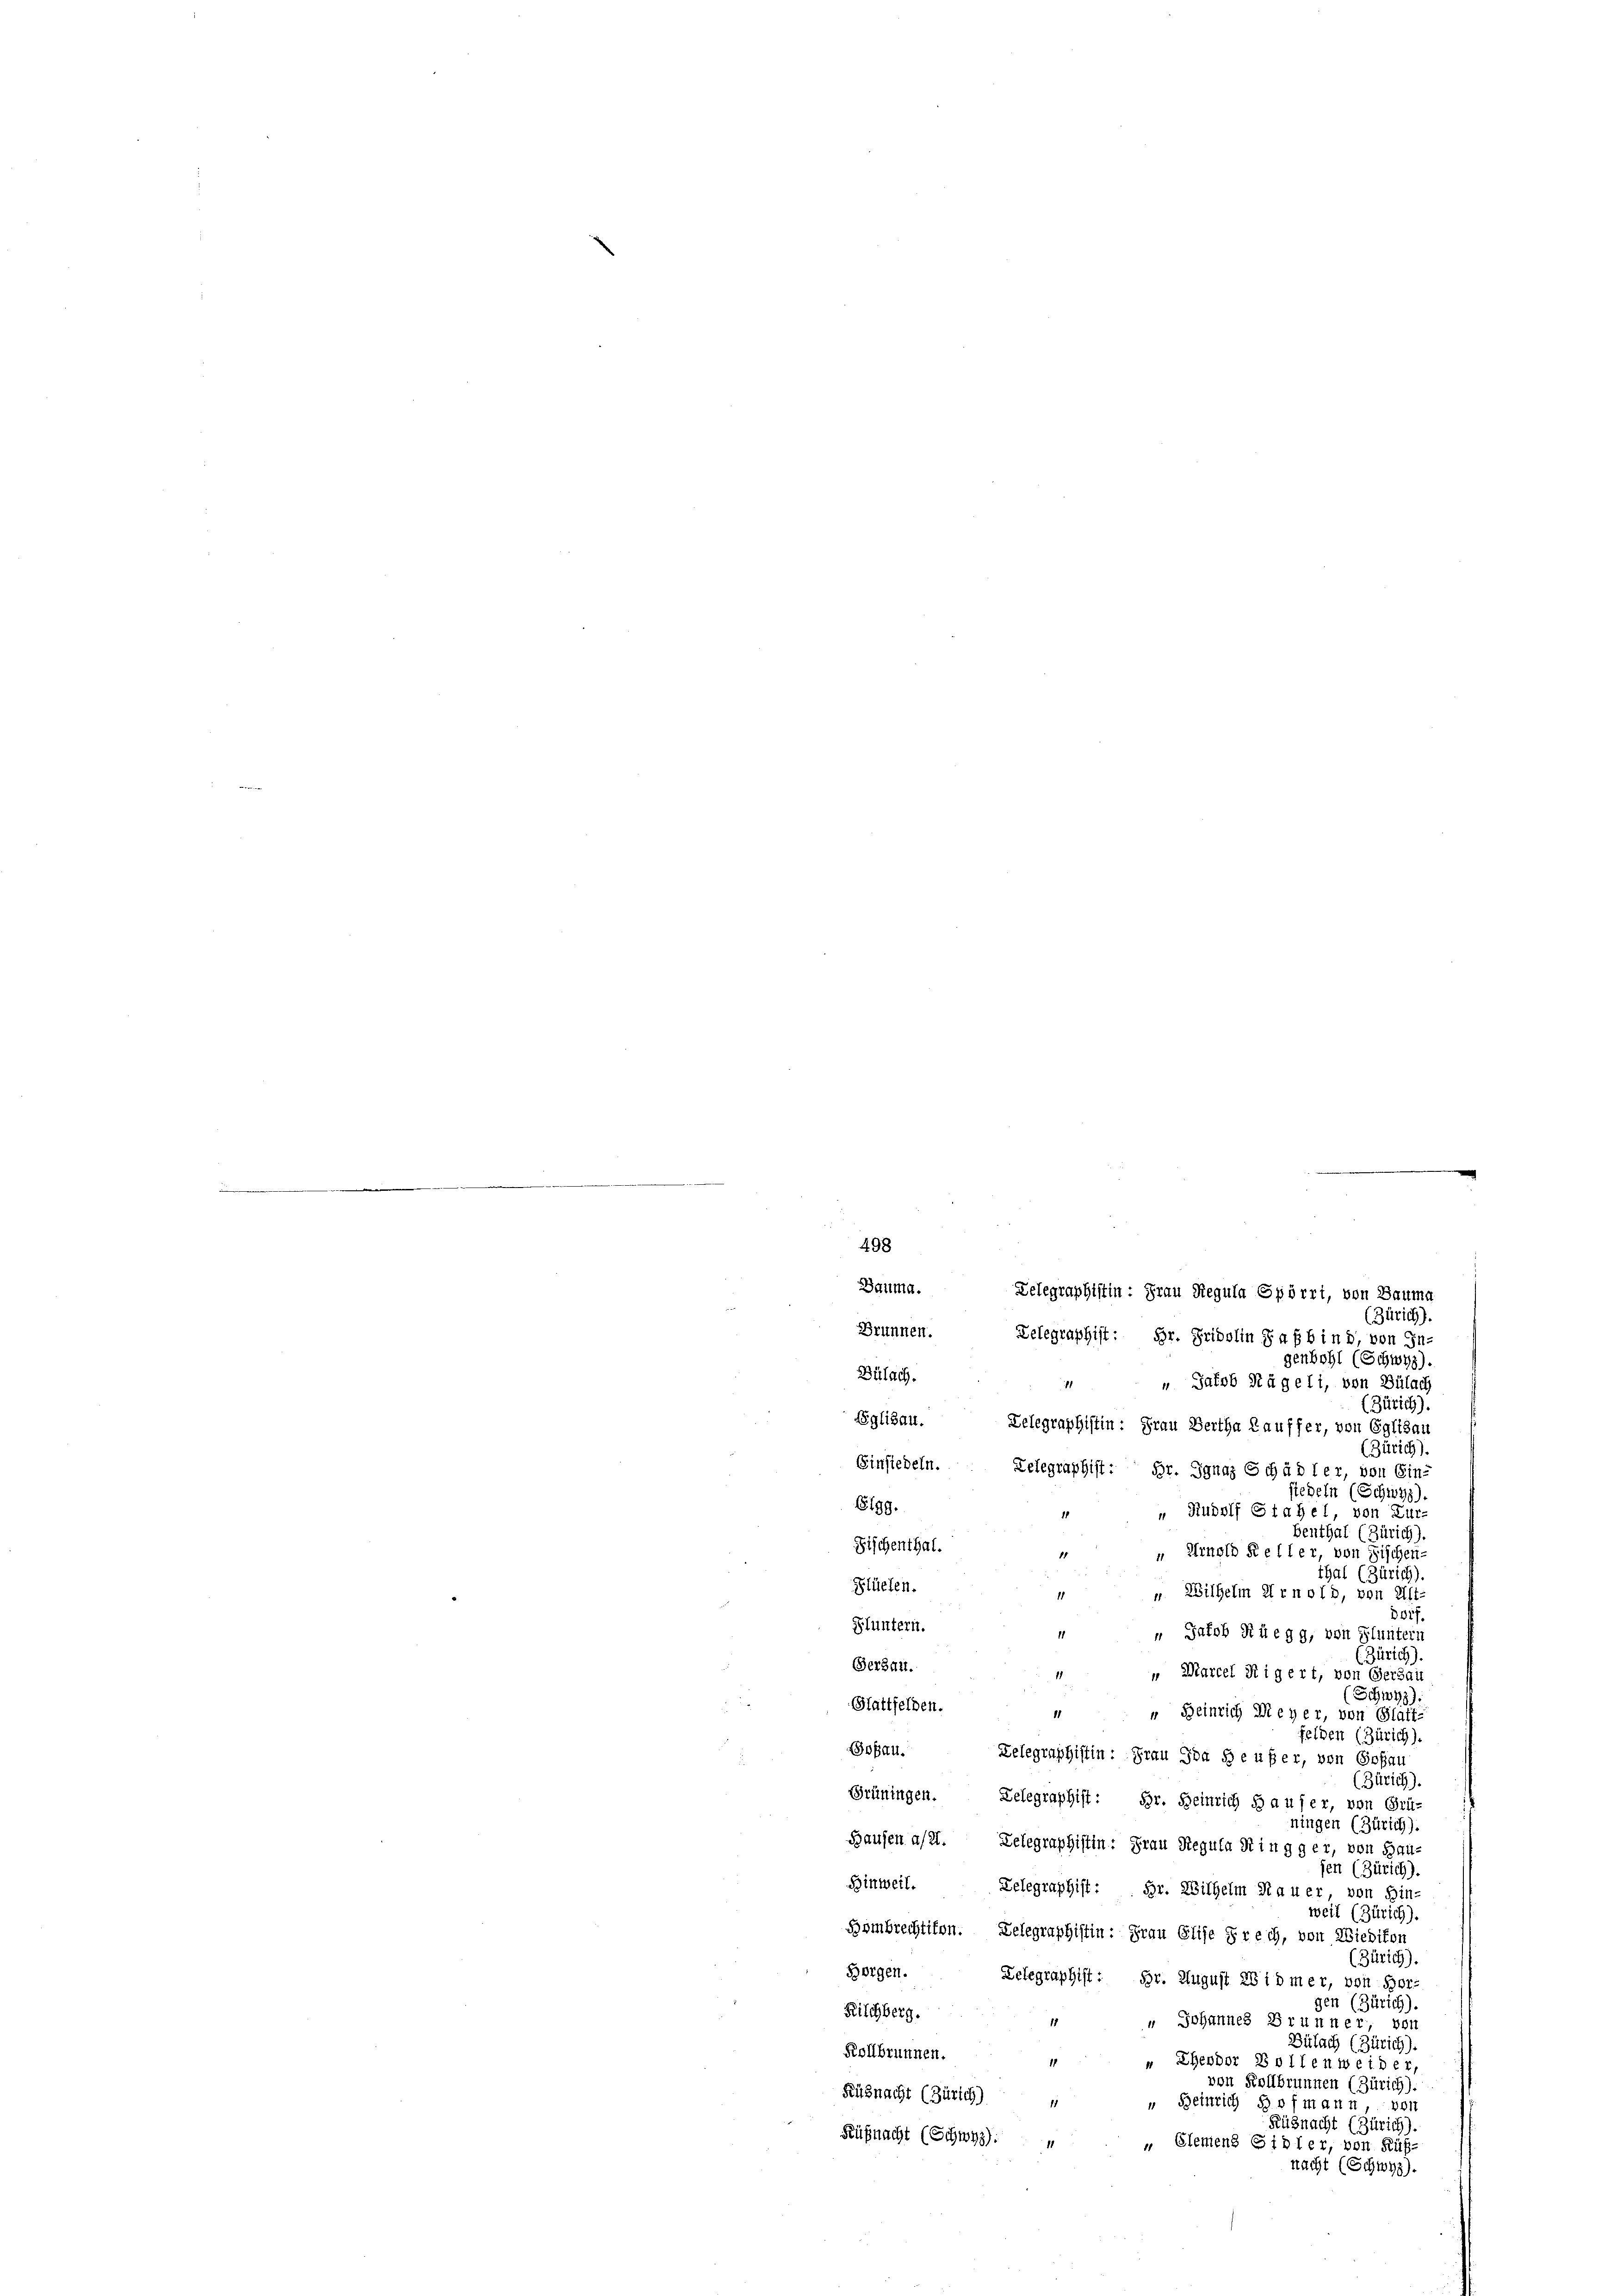
.
498
Brunnen.
genbohl (Schwyz).
Bülach.
 Jakob Nägeli, von Bülach
1
(Zürich).
Eglisau. Zelegraphistin: Frau Bertha Lauffer, von Eglisau
(Zürich).
Einsiedeln. Telegraphist: Hr. Ignaz Schädler, von Ein-
siegeln (Schwyz)
6199.
 Rudolf Stahel, von Zur-
Benthal (Zürich).
Fischenthal.
 Arnold Keller, von Fischen-
thal (Zürich).
Slüelen.
". Wilhelm Arnold, von Alt-
Borf.
Fluntern.
 Jakob Rüegg, von Fluntern
(Zürich)
Gersau.
 Marcel Rigert, von Gerdau
(Schwyz).
Stattfelden.
“ Heinrich Meyer, von Glatt-
felden (Zürich).
oßau.
Zelegraphistin: Frau Ida Heußer, von Goßau
(Zürich).
Grüningen. Telegraphist: Hr. Heinrich d aufer, von Grü-
ningen (Zürich).
Hausen a/21. Telegraphistin: Frau Regula Ringger, von Bau-
en (Zürich).
Hinweil. Telegraphist: Hr. Wilhelm Hauer von Hin-
weil (Zürich).
Hombrechtigen. Delegraphistin: Frau Elise rech, von Wiedikon
(Zürich).
Horgen. Delegraphist: Hr. August 28idmer, von Hor-
gen (Zürich).
Kilchberg.
" " Johannes Brunner, von
Bülach (Zürich).
Kollbrunnen.
" Ehendor Bollenweider,
von Kollbrunnen (Zürich).
Küsnacht (Zürich)
“ Beinrich Hofmann, von
Rüznacht (Zürich).
Küßnacht (Schwyz):
„ Elemens Sidler, von Küßnacht (Schwyz).

Bauma. Telegraphistin: Frau Regula Spörri, von Baumg
(Zürich)
Zelegraphist: Hr. Fridolin Safbind, von In-